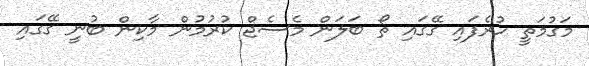
މަގުމަތީ ހުރެފައި ގޭގައި ތޯ ބަލަން މެސެޖް ކުރުމުން މާކިން ބުނީ ގޭގައި